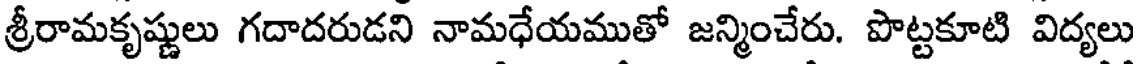
శ్రీరామకృష్ణులు గదాదరుడని నామధేయముతో జన్మించేరు. పొట్టకూటి విద్యలు